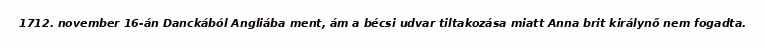
1712. november 16-án Danckából Angliába ment, ám a bécsi udvar tiltakozása miatt Anna brit királynő nem fogadta.